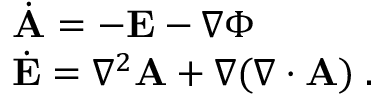
\begin{array} { l } { \dot { \mathbf { A } } = - \mathbf { E } - \nabla \Phi } \\ { \dot { \mathbf { E } } = \nabla ^ { 2 } \mathbf { A } + \nabla ( \nabla \cdot \mathbf { A } ) \; . } \end{array}